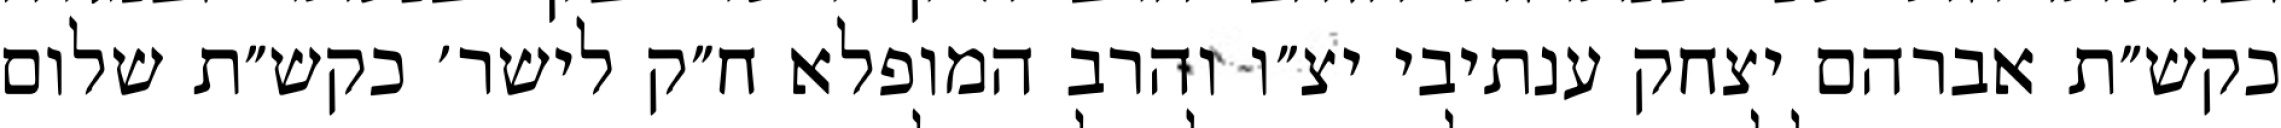
כקש״ת אברהם יצחק ענתיבי יצ״ו והרב המופלא ח״ק לישר׳ כקש״ת שלום